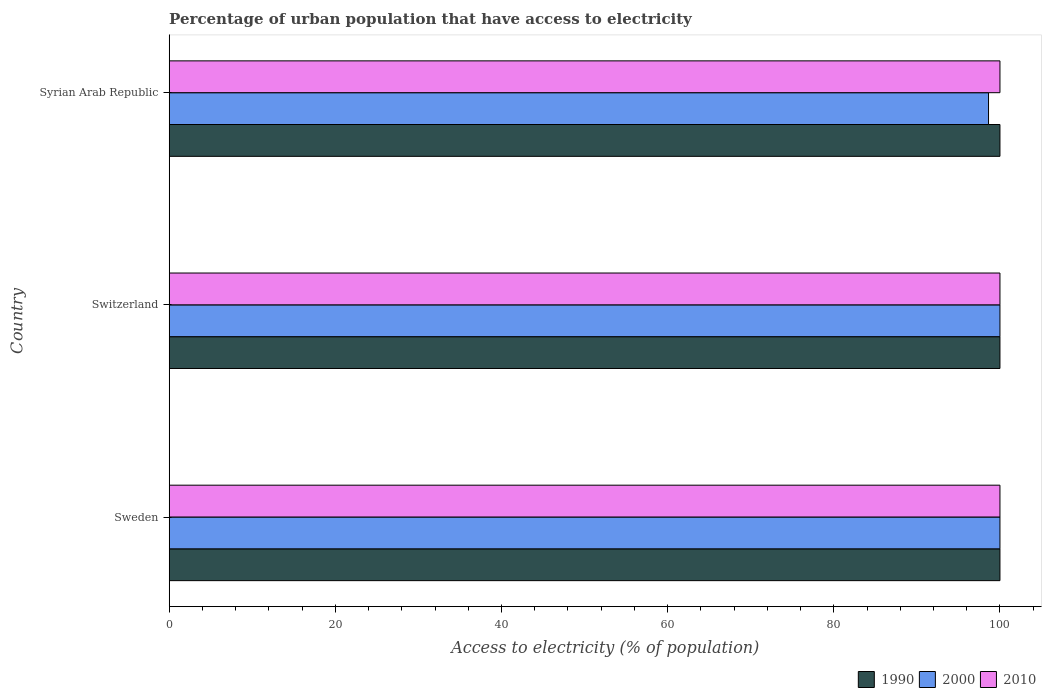
| Country | 1990 | 2000 | 2010 |
 | --- | --- | --- | --- |
 | Sweden | 100 | 100 | 100 |
 | Switzerland | 100 | 100 | 100 |
 | Syrian Arab Republic | 100 | 98.6 | 100 |